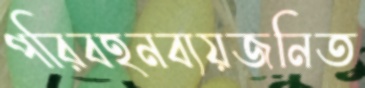
পরিবহনব্যয়জনিত